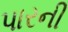
પારની